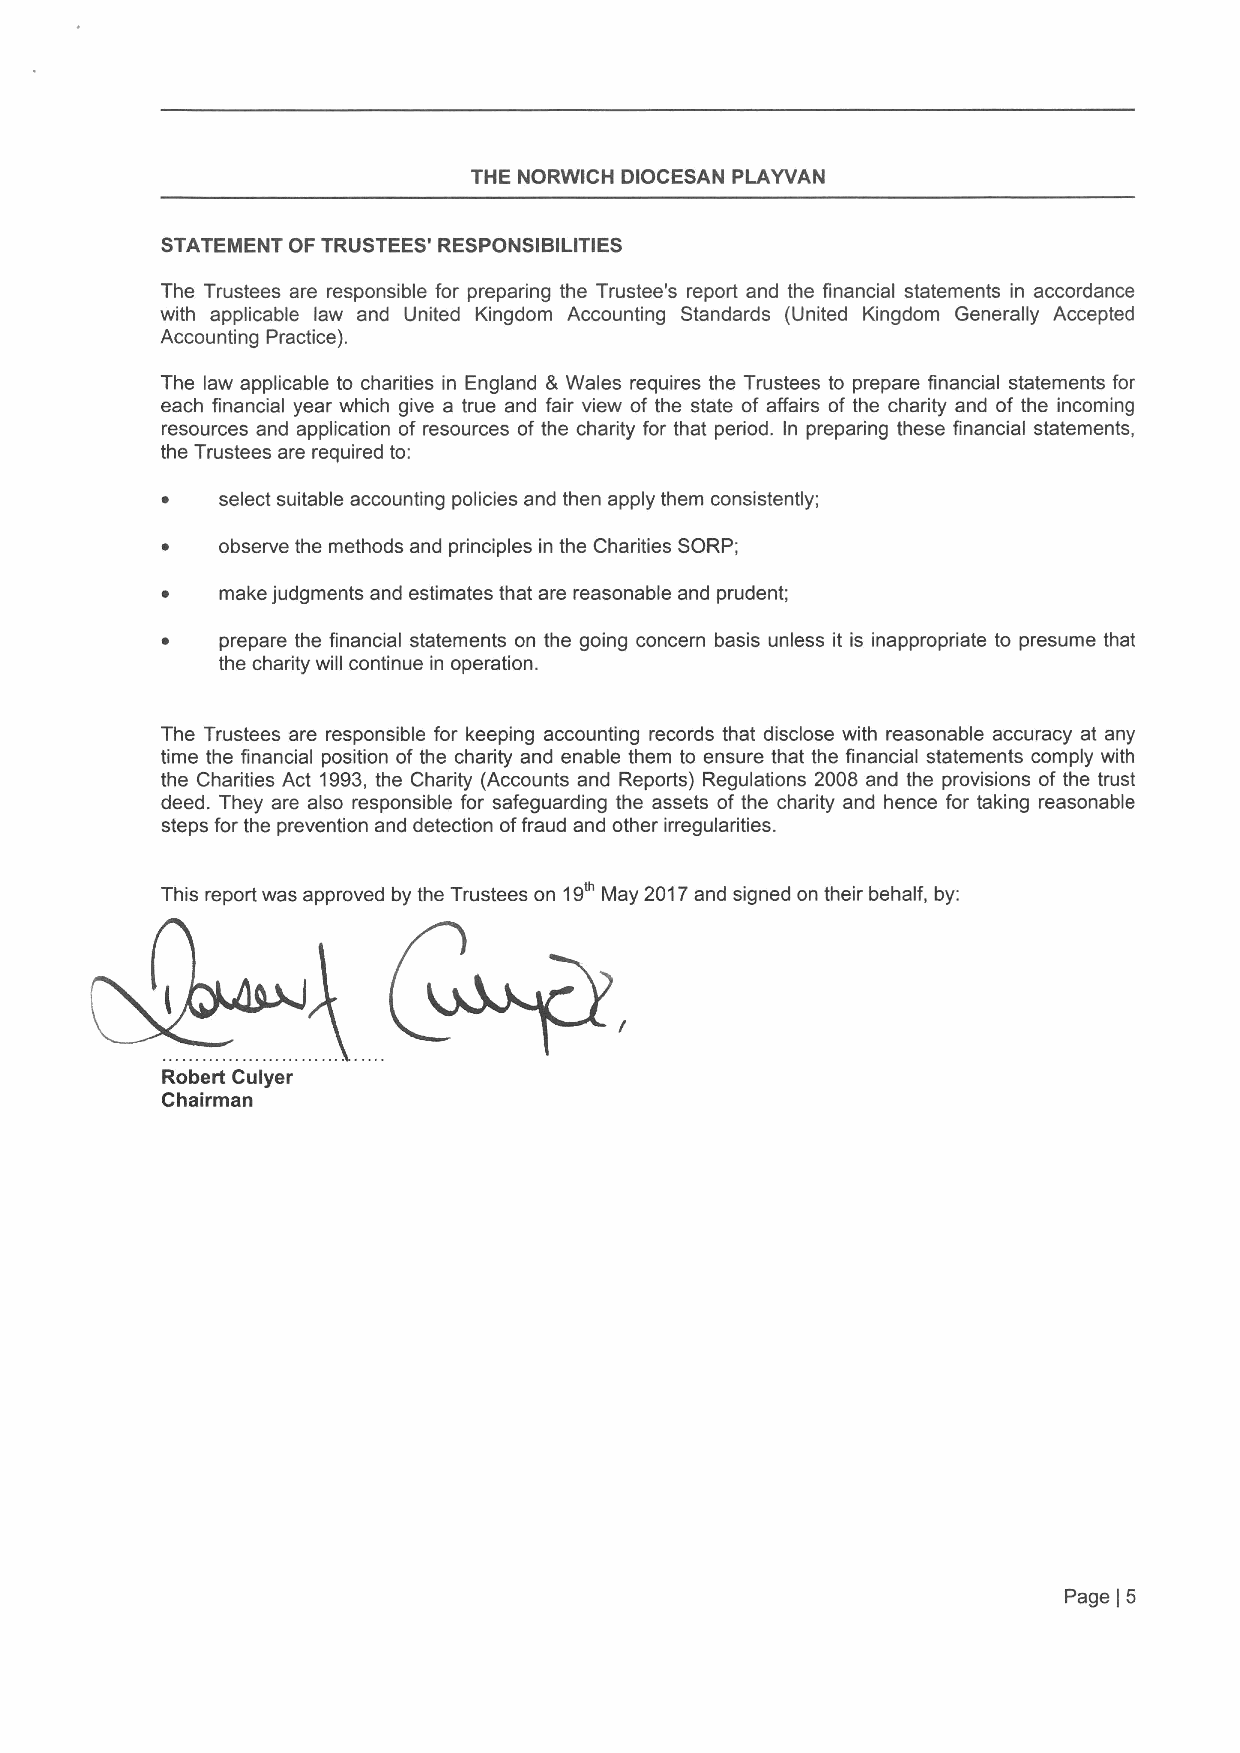
THE NORWICH DIOCESAN PLAYVAN
 STATEMENT OF TRUSTEES' RESPONSIBILITIES
 The Trustees are responsible for preparing the Trustee's report and the financial statements in accordance
 with applicable law and United Kingdom Accounting Standards (United Kingdom Generally Accepted
 Accounting Practice).
 The law applicable to charities in England 8 Wales requires the Trustees to prepare financial statements for
 each financial year which give a true and fair view of the state of affairs of the charity and of the incoming
 resources and application of resources of the charity for that period. In preparing these financial statements,
 the Trustees are required to:
 select suitable accounting policies and then apply them consistently;
 observe the methods and principles in the Charities SORP;
 make judgments and estimates that are reasonable and prudent;
 prepare the financial statements on the going concern basis unless it is inappropriate to presume that
 the charity will continue in operation.
 The Trustees are responsible for keeping accounting records that disclose with reasonable accuracy at any
 time the financial position of the charity and enable them to ensure that the financial statements comply with
 the Charities Act 1993,the Charity (Accounts and Reports) Regulations 2008 and the provisions of the trust
 deed. They are also responsible for safeguarding the assets of the charity and hence for taking reasonable
 steps for the prevention and detection offraud and other irregularities.
 This report was approved by the Trustees on 19' May 2017and signed on their behalf, by:
 Robert Culyer
 Chairman
 Page )5